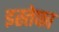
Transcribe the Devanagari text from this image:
इस्तेफा